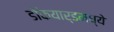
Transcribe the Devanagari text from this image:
डॉकयार्डमध्ये